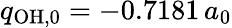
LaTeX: q_{\mathrm{OH},0}=-0.7181\, a_{0}